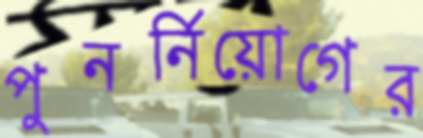
পুনর্নিয়োগের